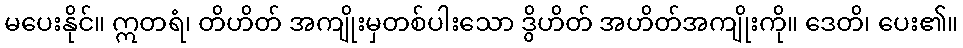
မပေးနိုင်။ ဣတရံ၊ တိဟိတ် အကျိုးမှတစ်ပါးသော ဒွိဟိတ် အဟိတ်အကျိုးကို။ ဒေတိ၊ ပေး၏။